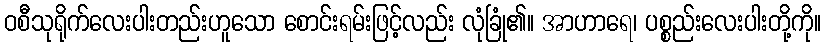
ဝစီသုရိုက်လေးပါးတည်းဟူသော စောင်းရမ်းဖြင့်လည်း လုံခြုံ၏။ အာဟာရေ၊ ပစ္စည်းလေးပါးတို့ကို။